65_HS1-834228961_62-HQ-83894_Section_6
Agency: FBI
Page 67
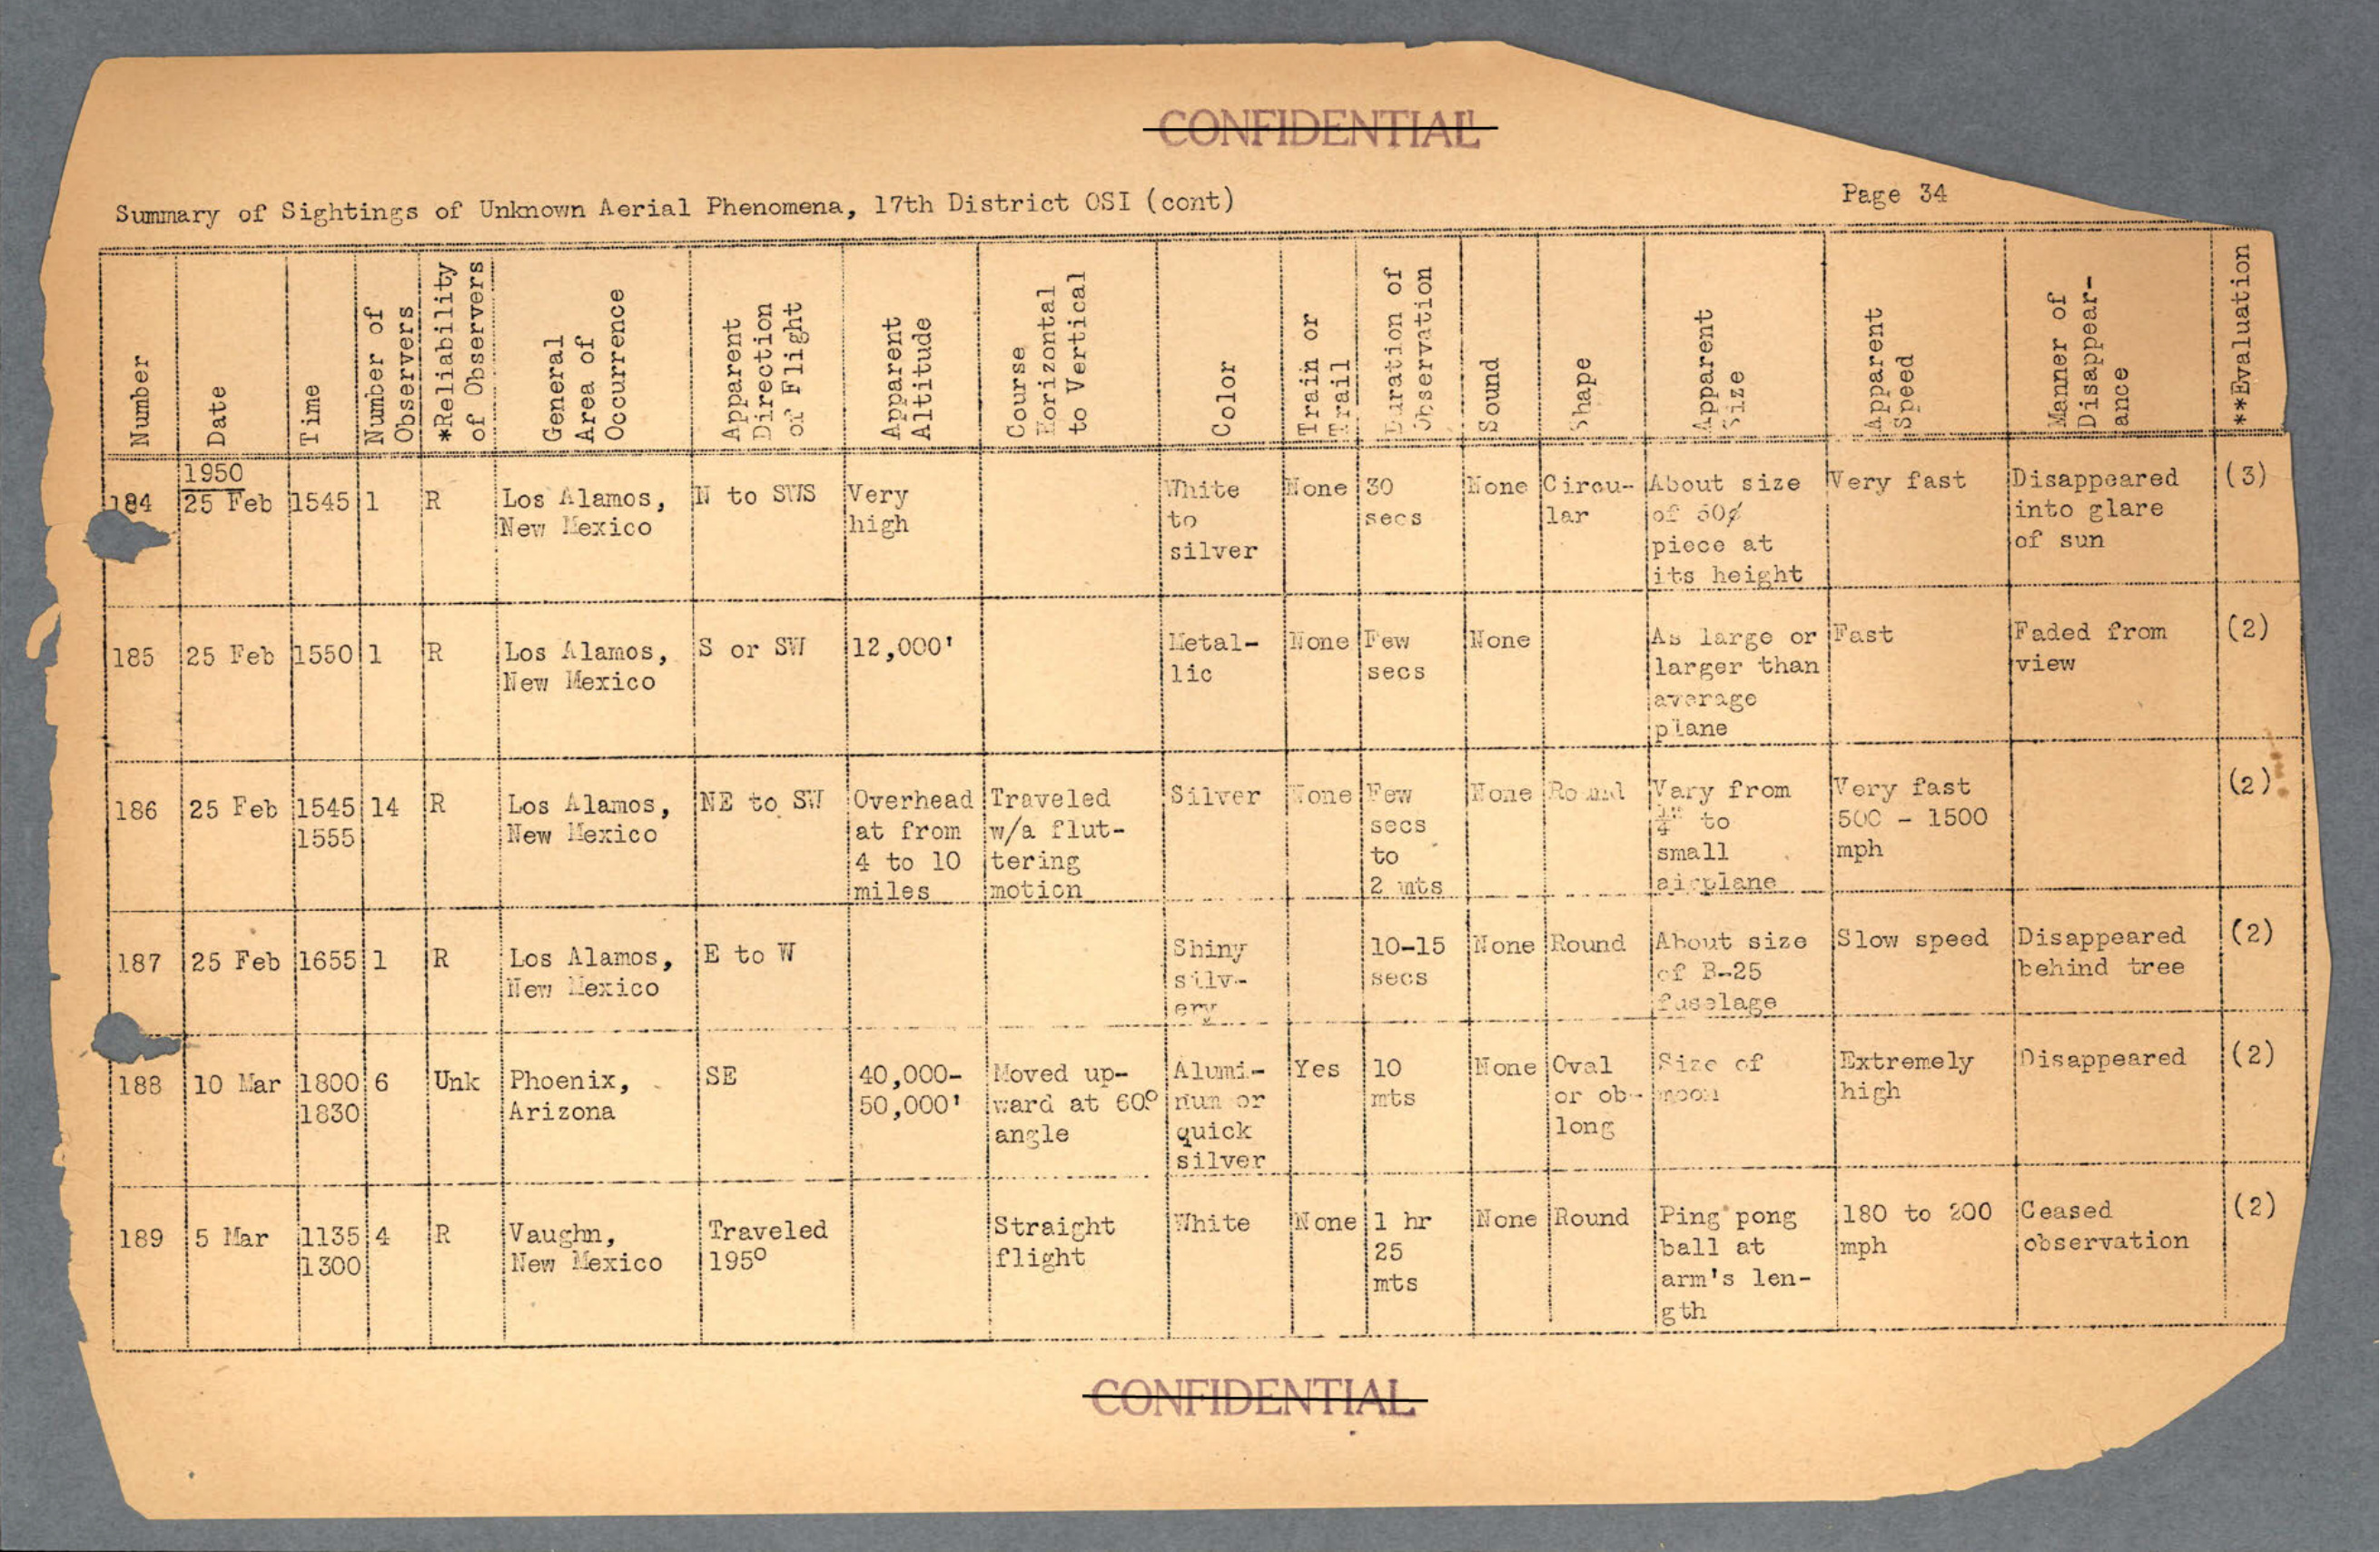